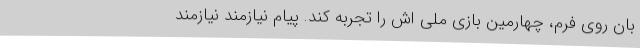
بان روی فرم، چهارمین بازی ملی اش را تجربه کند. پیام نیازمند نیازمند